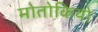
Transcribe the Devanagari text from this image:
मोतोकियो